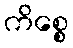
ကိစ္စေ